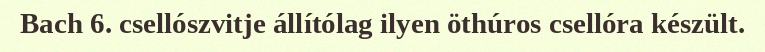
Bach 6. csellószvitje állítólag ilyen öthúros csellóra készült.